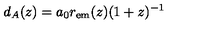
d _ { A } ( z ) = a _ { 0 } r _ { \mathrm { e m } } ( z ) ( 1 + z ) ^ { - 1 }